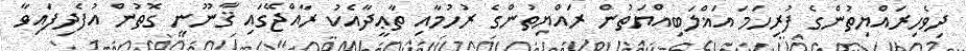
ދިވެހިރައްޔިތުންގެ ފުރިހަމަ އަޣްލަބިއްޔަތުން ރައްޔިތުންގެ ރުހުމާއި ތާޢީދާއެކު ރާއްޖޭގައި ޤާނޫނީ ގޮތުން އުފެދިފައިވާ